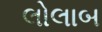
લોલાબ